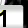
Digit: 1